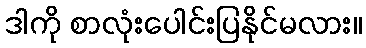
ဒါကို စာလုံးပေါင်းပြနိုင်မလား။